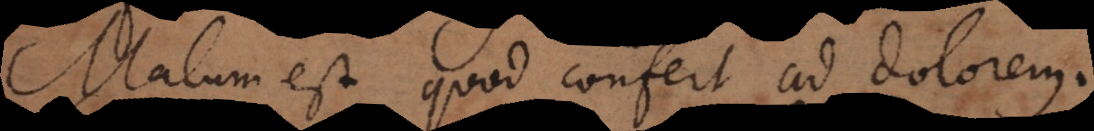
m est quod confert ad dolorem.